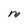
Character: M